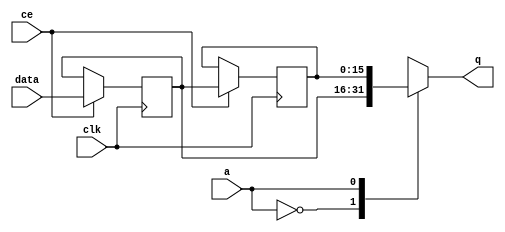
// Copyright (C) 2022, Advanced Micro Devices, Inc. All rights reserved.
// SPDX-License-Identifier: MIT
// ==============================================================
// ==============================================================

`timescale 1 ns / 1 ps

module pp_pipeline_accel_fifo_w16_d2_S_x_shiftReg (
    clk,
    data,
    ce,
    a,
    q);

parameter DATA_WIDTH = 32'd16;
parameter ADDR_WIDTH = 32'd1;
parameter DEPTH = 2'd2;

input clk;
input [DATA_WIDTH-1:0] data;
input ce;
input [ADDR_WIDTH-1:0] a;
output [DATA_WIDTH-1:0] q;

reg[DATA_WIDTH-1:0] SRL_SIG [0:DEPTH-1];
integer i;

always @ (posedge clk)
    begin
        if (ce)
        begin
            for (i=0;i<DEPTH-1;i=i+1)
                SRL_SIG[i+1] <= SRL_SIG[i];
            SRL_SIG[0] <= data;
        end
    end

assign q = SRL_SIG[a];

endmodule

module pp_pipeline_accel_fifo_w16_d2_S_x (
    clk,
    reset,
    if_num_data_valid,
    if_fifo_cap,
    if_empty_n,
    if_read_ce,
    if_read,
    if_dout,
    if_full_n,
    if_write_ce,
    if_write,
    if_din);

parameter MEM_STYLE   = "shiftreg";
parameter DATA_WIDTH  = 32'd16;
parameter ADDR_WIDTH  = 32'd1;
parameter DEPTH       = 2'd2;

input clk;
input reset;
output if_empty_n;
input if_read_ce;
input if_read;
output wire [ADDR_WIDTH:0] if_num_data_valid;
output wire [ADDR_WIDTH:0] if_fifo_cap;
output[DATA_WIDTH - 1:0] if_dout;
output if_full_n;
input if_write_ce;
input if_write;
input[DATA_WIDTH - 1:0] if_din;

wire[ADDR_WIDTH - 1:0] shiftReg_addr ;
wire[DATA_WIDTH - 1:0] shiftReg_data, shiftReg_q;
wire                     shiftReg_ce;
reg[ADDR_WIDTH:0] mOutPtr = ~{(ADDR_WIDTH+1){1'b0}};
reg internal_empty_n = 0;
reg internal_full_n = 1;

assign if_full_n = internal_full_n;
assign if_empty_n = internal_empty_n;
assign shiftReg_data = if_din;
assign if_dout = shiftReg_q;

always @ (posedge clk) begin
    if (reset == 1'b1)
    begin
        mOutPtr <= ~{ADDR_WIDTH+1{1'b0}};
        internal_empty_n <= 1'b0;
        internal_full_n <= 1'b1;
    end
    else begin
        if (((if_read & if_read_ce) == 1 & internal_empty_n == 1) && 
            ((if_write & if_write_ce) == 0 | internal_full_n == 0))
        begin
            mOutPtr <= mOutPtr - 2'd1;
            if (mOutPtr == 2'd0)
                internal_empty_n <= 1'b0;
            internal_full_n <= 1'b1;
        end 
        else if (((if_read & if_read_ce) == 0 | internal_empty_n == 0) && 
            ((if_write & if_write_ce) == 1 & internal_full_n == 1))
        begin
            mOutPtr <= mOutPtr + 2'd1;
            internal_empty_n <= 1'b1;
            if (mOutPtr == DEPTH - 2'd2)
                internal_full_n <= 1'b0;
        end 
    end
end

assign shiftReg_addr = mOutPtr[ADDR_WIDTH] == 1'b0 ? mOutPtr[ADDR_WIDTH-1:0]:{ADDR_WIDTH{1'b0}};
assign shiftReg_ce = (if_write & if_write_ce) & internal_full_n;
assign if_num_data_valid = mOutPtr + 1'b1;
assign if_fifo_cap = DEPTH;

pp_pipeline_accel_fifo_w16_d2_S_x_shiftReg 
#(
    .DATA_WIDTH(DATA_WIDTH),
    .ADDR_WIDTH(ADDR_WIDTH),
    .DEPTH(DEPTH))
U_pp_pipeline_accel_fifo_w16_d2_S_x_ram (
    .clk(clk),
    .data(shiftReg_data),
    .ce(shiftReg_ce),
    .a(shiftReg_addr),
    .q(shiftReg_q));

endmodule